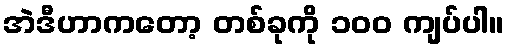
အဲဒီဟာကတော့ တစ်ခုကို ၁၀၀ ကျပ်ပါ။